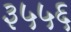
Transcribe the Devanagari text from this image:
३५५६